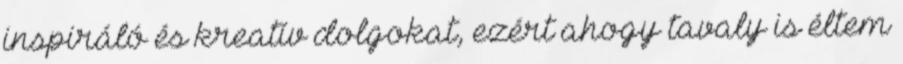
inspiráló és kreatív dolgokat, ezért ahogy tavaly is éltem